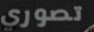
تصوري